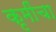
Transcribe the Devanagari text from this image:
कृमींचा